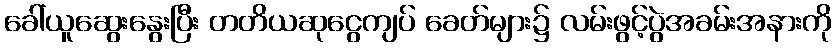
ခေါ်ယူဆွေးနွေးပြီး တတိယဆုငွေကျပ် ခေတ်များ၌ လမ်းဖွင့်ပွဲအခမ်းအနားကို